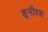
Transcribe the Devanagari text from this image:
शुनीदम